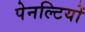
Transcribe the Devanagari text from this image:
पेनल्टियों